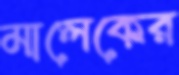
মালেকের